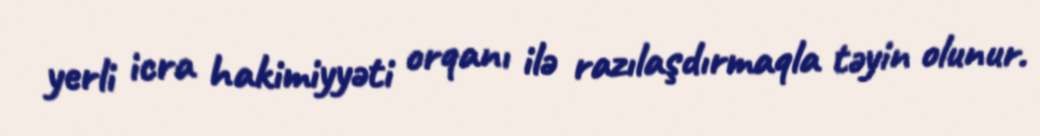
yerli icra hakimiyyəti orqanı ilə razılaşdırmaqla təyin olunur.